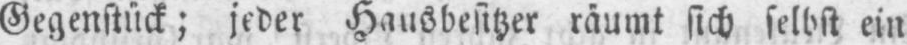
Gegenstück; jeder Hausbesitzer räumt sich selbst ein